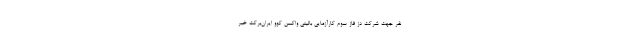
نفر جهت شرکت دز فاز سوم کارآزمایی بالینی واکسن کوو ایران‌برکت خبر